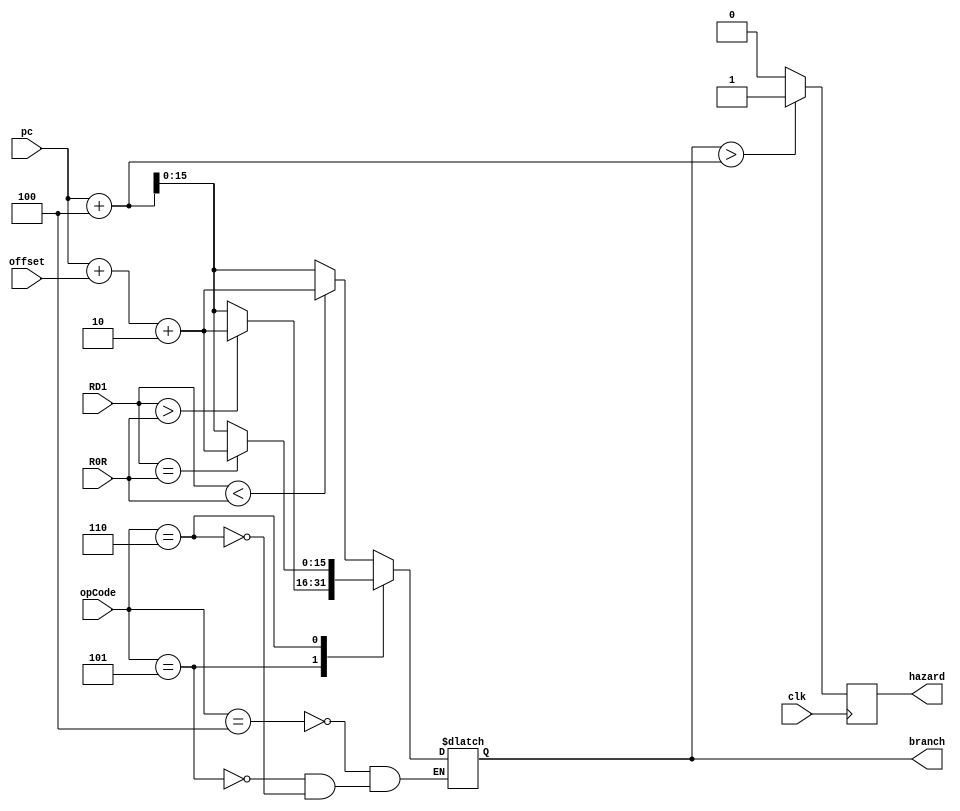
module branch(opCode,RD1,R0R,pc,offset,branch,hazard,clk);
	input clk;
	input[3:0] opCode;
	input[15:0] RD1,R0R,pc,offset;
	output reg[15:0] branch;
	output reg hazard;
	
	always@(*)begin
		case(opCode)
			4'b0100: begin //Branch less than
				if(RD1<R0R) begin
					branch = pc + offset + 2;
				end else begin
					branch = pc + 4;
				end
			end
			4'b0101: begin //Branch greater than
				if(RD1>R0R) begin
					branch = pc + offset +2;
				end else begin
					branch = pc + 4;
				end
			end
			4'b0110: begin //Branch on equal
				if(RD1==R0R) begin
					branch = pc + offset+2;
				end else begin
					branch = pc + 4;
				end
			end
		endcase
	end
	always@(posedge clk) begin
		if(branch > pc+4) begin
			hazard <= 1;
		end else begin
			hazard <= 0;
		end
	end
endmodule